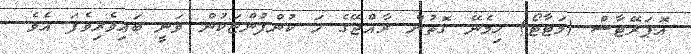
އޮޕަރޭޓާސް (މަޓާޓޯ) ހިމެނޭ ގޮތުން ރާއްޖޭގެ ހަ ކުންފުންޏަކުން ވަނީ ބައިވެރިވެފަ އެވެ.